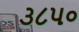
૩૮૫૦